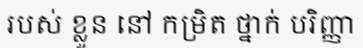
របស់ ខ្លួន នៅ កម្រិត ថ្នាក់ បរិញ្ញា